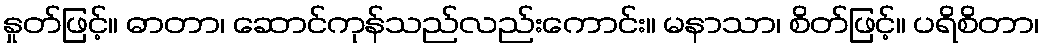
နှုတ်ဖြင့်။ ဓာတာ၊ ဆောင်ကုန်သည်လည်းကောင်း။ မနာသာ၊ စိတ်ဖြင့်။ ပရိစိတာ၊